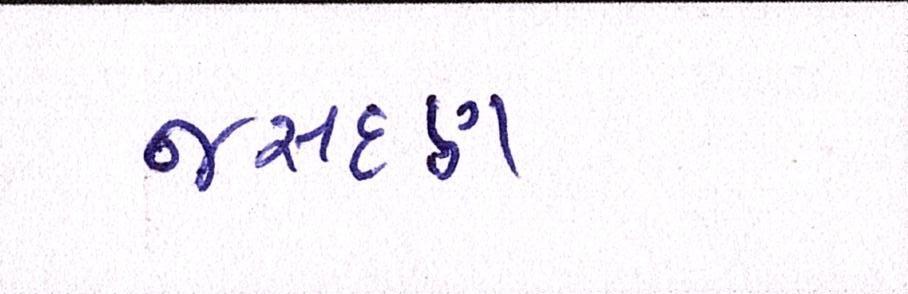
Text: જસદણ